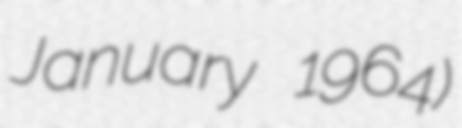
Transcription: January 1964)